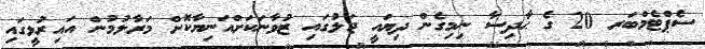
ސެޕްޓެމްބަރ 20 ގެ ޙާދިސާ ނިމިގެން ދިޔައީ ޖަލުގައި ޒުވާނަކަށްއަނިޔާކޮށް މަރާލުމުން އައިރުޅީގައި